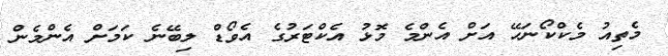
މެތިއު މެކްކޯނަހޭ އަށް އެންމެ މޮޅު އެކްޓަރުގެ އެވޯޑް ލިބޭނެ ކަމަށް އެންމެން